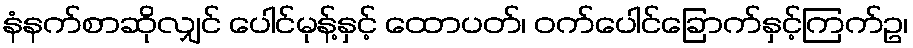
နံနက်စာဆိုလျှင် ပေါင်မုန့်နှင့် ထောပတ်၊ ဝက်ပေါင်ခြောက်နှင့်ကြက်ဥ၊